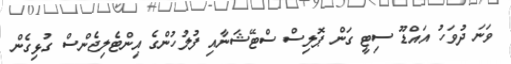
ވަނަ ދުވަހު އައްޑޫ ސިޓީ ގަން ޕޮލިސް ސްޓޭޝަނާއި ފުލުހުންގެ އިންޓެލިޖެންސް ގުޅިގެން